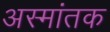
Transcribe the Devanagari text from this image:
अस्मांतक